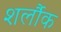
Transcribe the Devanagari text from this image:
शर्लौक